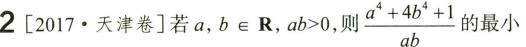
2[2017·天津卷]若a，b\in R，ab>0，则： $$\frac{a^{4}+ 4d^{4} + 1}{ab} $$ 的最小